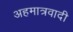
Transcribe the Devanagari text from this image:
अहमात्रवादी